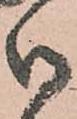
御